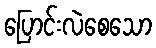
ပြောင်းလဲစေသော